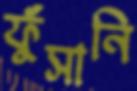
ফুঁসানি